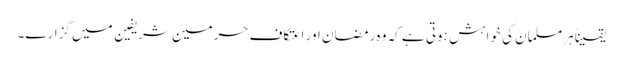
یقیناً ہرمسلمان کی خواہش ہوتی ہے کہ وہ رمضان اور اعتکاف حرمین شریفین میں گزارے۔